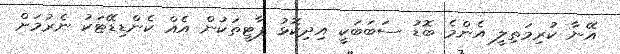
އޭނާ ކުރިމަތިލީ އެންމެ ބޮޑު ސަބަބަކީ އިދިކޮޅު ޕާޓީތަކުން އެއް ކެންޑިޑޭޓަކު ނެރުމަށް